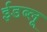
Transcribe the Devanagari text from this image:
ईडब्लू